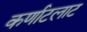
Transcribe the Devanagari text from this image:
कर्णाटलाट